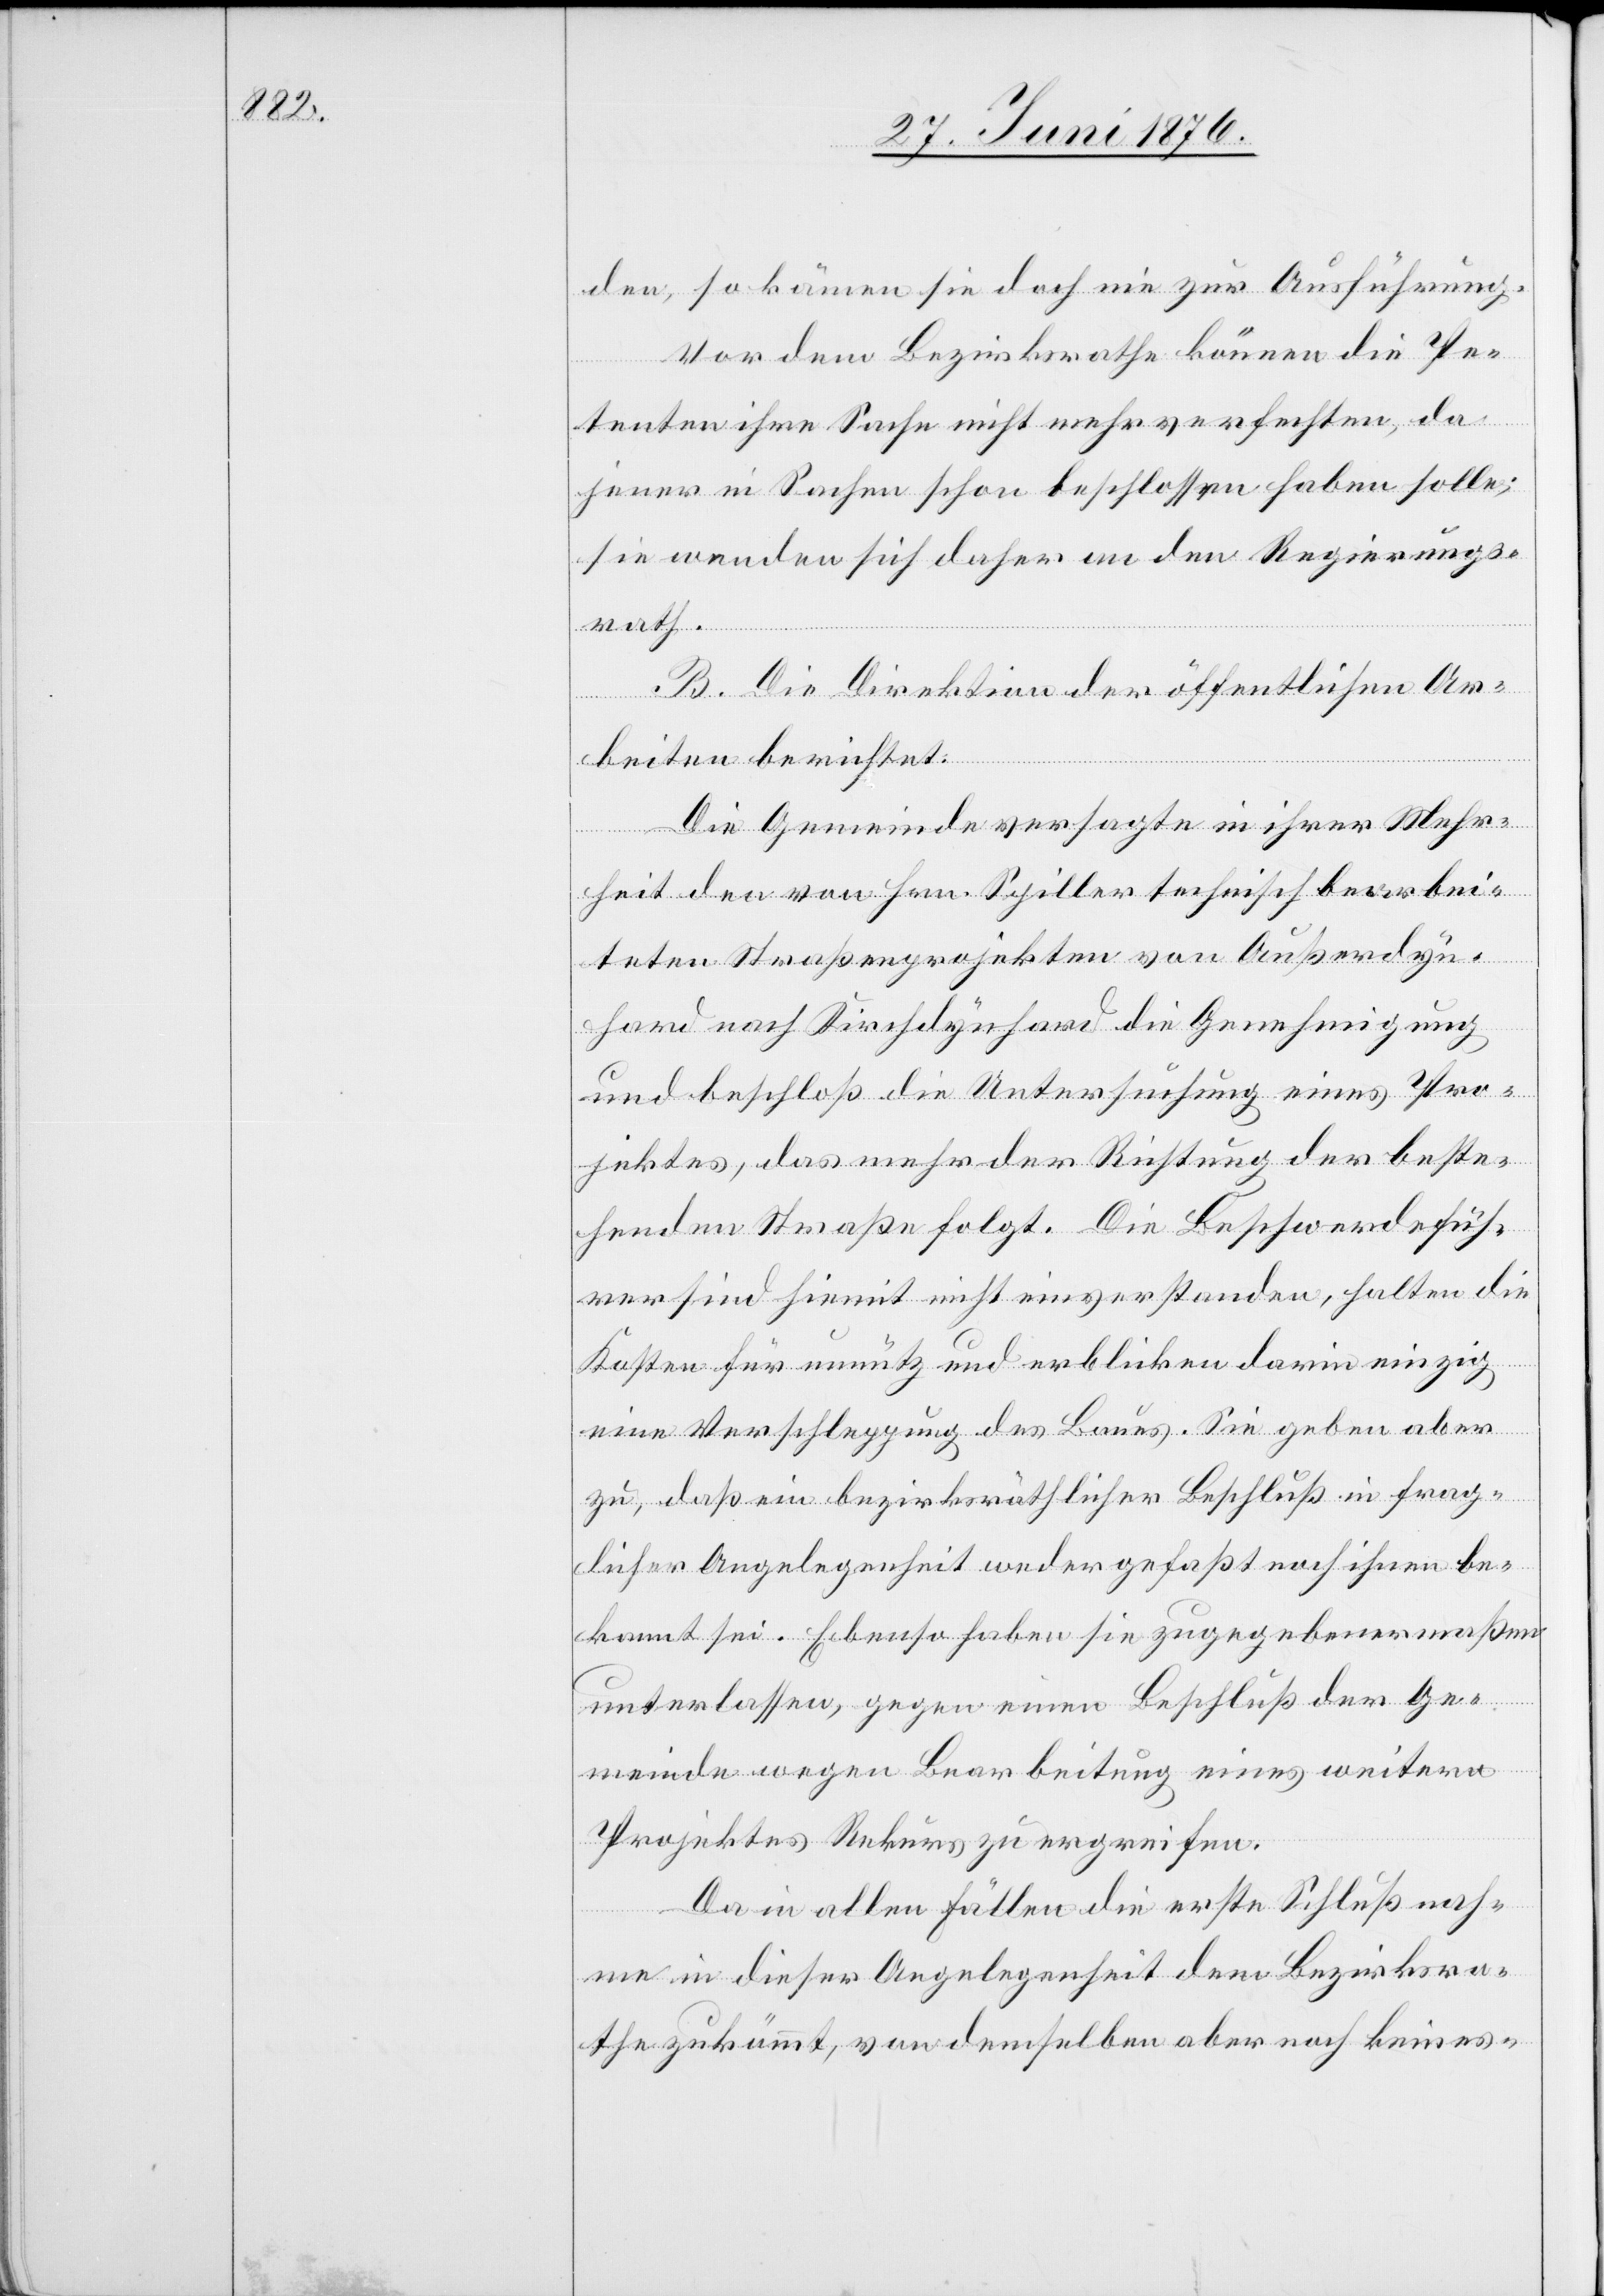
den, so kämen sie doch nie zur Ausführung.
Vor dem Bezirksrathe können die Pe¬
tenten ihre Sache nicht mehr verfechten, da
jener in Sachen schon beschlossen haben solle;
sie wenden sich daher an den Regierungs¬
B. Die Direktion der öffentlichen Ar¬
beiten berichtet:
Die Gemeinde versagte in ihrer Mehr¬
rath.
heit den von Hrn. Spiller technisch bearbei¬
teten Straßenprojekten von Außerdyn¬
hard nach Kirchdynhard die Genehmigung
und beschloß die Untersuchung eines Pro¬
jektes, das mehr der Richtung der beste¬
henden Straße folgt. Die Beschwerdefüh¬
rer sind hiemit nicht einverstanden, halten die
Kosten für unnütz und erblicken darin einzig
eine Verschleppung des Baues. Sie geben aber
zu, daß ein bezirksräthlicher Beschluß in frag¬
licher Angelegenheit weder gefaßt noch ihnen be¬
kannt sei. Ebenso haben sie zugegebenermaßen
unterlassen, gegen einen Beschluß der Ge¬
meinde wegen Bearbeitung eines weitern
Projektes Rekurs zu ergreifen.
Da in allen Fällen die erste Schlußnah¬
me in dieser Angelegenheit dem Bezirksra¬
the zukömmt, von demselben aber noch keines-